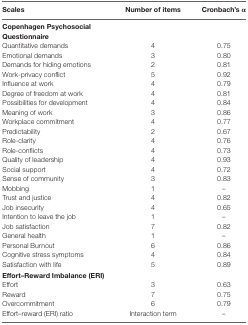
<table><thead><tr><td><b>Scales</b></td><td><b>Number of items</b></td><td><b>Cronbach’s α</b></td></tr></thead><tbody><tr><td><b>Copenhagen Psychosocial Questionnaire</b></td><td></td><td></td></tr><tr><td>Quantitative demands</td><td>4</td><td>0.75</td></tr><tr><td>Emotional demands</td><td>3</td><td>0.80</td></tr><tr><td>Demands for hiding emotions</td><td>2</td><td>0.81</td></tr><tr><td>Work-privacy conflict</td><td>5</td><td>0.92</td></tr><tr><td>Influence at work</td><td>4</td><td>0.79</td></tr><tr><td>Degree of freedom at work</td><td>4</td><td>0.81</td></tr><tr><td>Possibilities for development</td><td>4</td><td>0.84</td></tr><tr><td>Meaning of work</td><td>3</td><td>0.86</td></tr><tr><td>Workplace commitment</td><td>4</td><td>0.77</td></tr><tr><td>Predictability</td><td>2</td><td>0.67</td></tr><tr><td>Role-clarity</td><td>4</td><td>0.76</td></tr><tr><td>Role-conflicts</td><td>4</td><td>0.73</td></tr><tr><td>Quality of leadership</td><td>4</td><td>0.93</td></tr><tr><td>Social support</td><td>4</td><td>0.72</td></tr><tr><td>Sense of community</td><td>3</td><td>0.83</td></tr><tr><td>Mobbing</td><td>1</td><td>–</td></tr><tr><td>Trust and justice</td><td>4</td><td>0.82</td></tr><tr><td>Job insecurity</td><td>4</td><td>0.65</td></tr><tr><td>Intention to leave the job</td><td>1</td><td>–</td></tr><tr><td>Job satisfaction</td><td>7</td><td>0.82</td></tr><tr><td>General health</td><td>1</td><td>–</td></tr><tr><td>Personal Burnout</td><td>6</td><td>0.86</td></tr><tr><td>Cognitive stress symptoms</td><td>4</td><td>0.84</td></tr><tr><td>Satisfaction with life</td><td>5</td><td>0.89</td></tr><tr><td><b>Effort–Reward Imbalance (ERI)</b></td><td></td><td></td></tr><tr><td>Effort</td><td>3</td><td>0.63</td></tr><tr><td>Reward</td><td>7</td><td>0.75</td></tr><tr><td>Overcommitment</td><td>6</td><td>0.79</td></tr><tr><td>Effort–reward (ERI) ratio</td><td>Interaction term</td><td>–</td></tr></tbody></table>